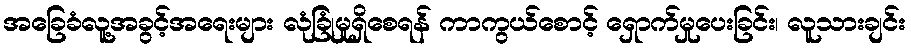
အခြေခံလူ့အခွင့်အရေးများ လုံခြုံမှုရှိစေရန် ကာကွယ်စောင့် ရှောက်မှုပေးခြင်း၊ လူသားချင်း